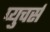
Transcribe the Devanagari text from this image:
प्युचर्स